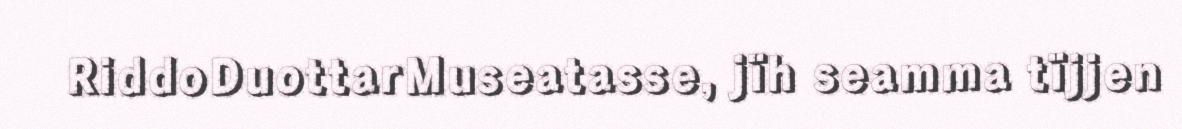
RiddoDuottarMuseatasse, jïh seamma tïjjen